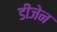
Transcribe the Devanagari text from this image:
डीजेन